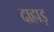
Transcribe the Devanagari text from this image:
दाहाड़